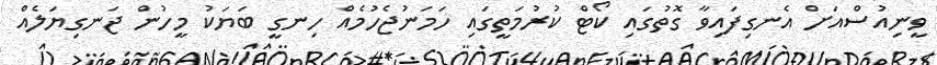
ވީނިއުސްއަށް އެނގިފައިވާ ގޮތުގައި ކޯޓް ކުރުމަތީގައި ހަމަނުޖެހުމެއް ހިނގީ ބަޔަކު މީހުން ޖަނގިޔަލެއް